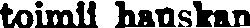
toimii hauskan